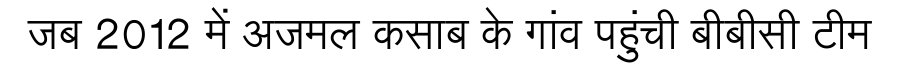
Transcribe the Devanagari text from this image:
जब 2012 में अजमल कसाब के गांव पहुंची बीबीसी टीम